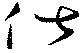
俶